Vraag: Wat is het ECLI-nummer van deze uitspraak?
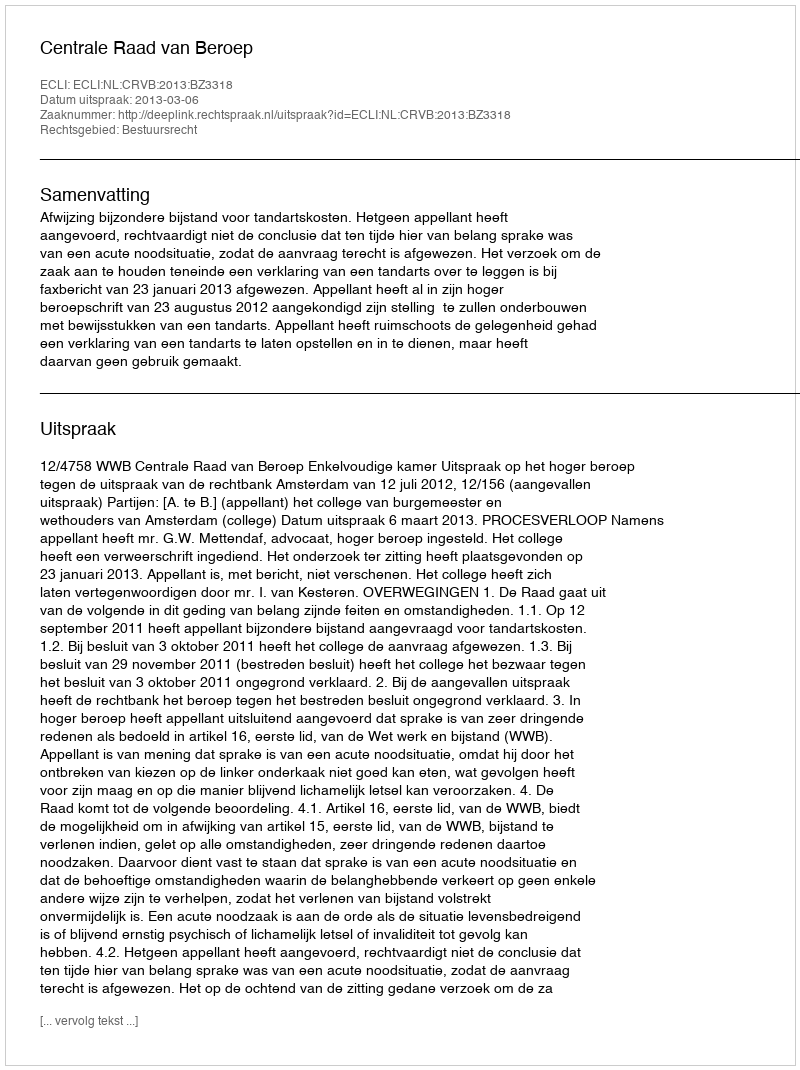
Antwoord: ECLI:NL:CRVB:2013:BZ3318